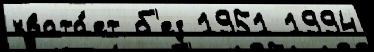
хвата́ет б'ез 1951 1994